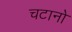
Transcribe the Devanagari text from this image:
चटानो